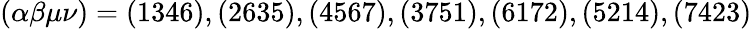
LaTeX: (\alpha\beta\mu\nu)=(1346),(2635),(4567),(3751),(6172),(5214),(7423)